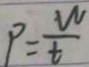
P = \frac { w } { t }